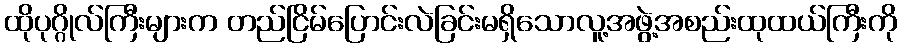
ထိုပုဂ္ဂိုလ်ကြီးများက တည်ငြိမ်ပြောင်းလဲခြင်းမရှိသောလူ့အဖွဲ့အစည်းထုထယ်ကြီးကို